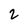
Character: 2